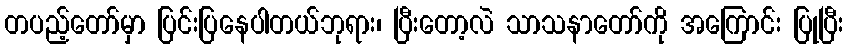
တပည့်တော်မှာ ပြင်းပြနေပါတယ်ဘုရား၊ ပြီးတော့လဲ သာသနာတော်ကို အကြောင်း ပြုပြီး